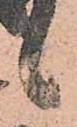
候